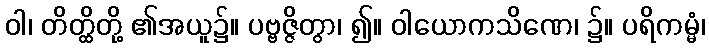
ဝါ၊ တိတ္ထိတို့ ၏အယူ၌။ ပဗ္ဗဇ္ဇိတွာ၊ ၍။ ဝါယောကသိဏေ၊ ၌။ ပရိကမ္မံ၊